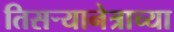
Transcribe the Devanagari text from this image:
तिसऱ्यानेत्राच्या